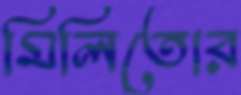
মিলিতোর